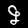
Digit: 9